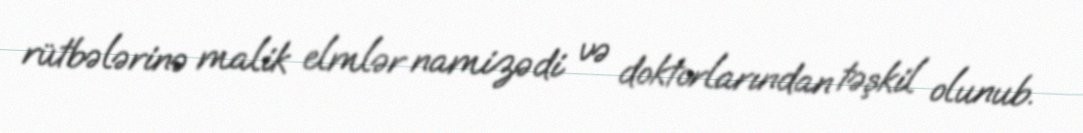
rütbələrinə malik elmlər namizədi və doktorlarından təşkil olunub.